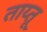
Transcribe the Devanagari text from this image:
ताय्तू